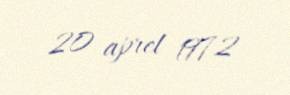
20 aprel 1972